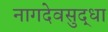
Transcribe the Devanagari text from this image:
नागदेवसुद्धा